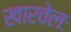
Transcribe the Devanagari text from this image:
खारवेलः